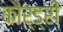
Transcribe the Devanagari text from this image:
कौर्ड्री